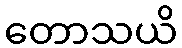
တောသယိ